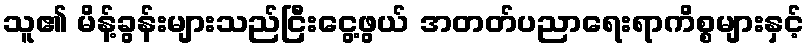
သူ၏ မိန့်ခွန်းများသည်ငြီးငွေ့ဖွယ် အတတ်ပညာရေးရာကိစ္စများနှင့်